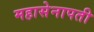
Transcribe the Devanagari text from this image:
महासेनापती